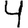
Digit: 4